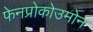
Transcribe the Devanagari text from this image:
फेनप्रोकोउमोन